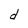
Character: d